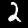
Label: 2